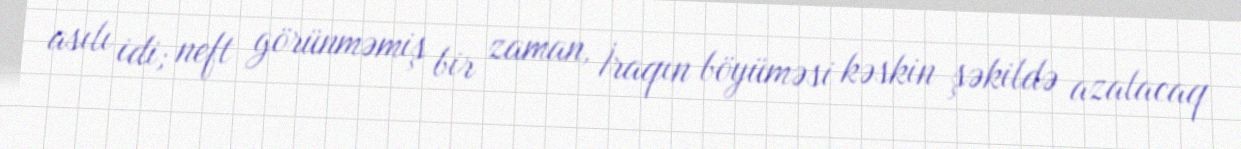
asılı idi; neft görünməmiş bir zaman, İraqın böyüməsi kəskin şəkildə azalacaq